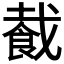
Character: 𬲏